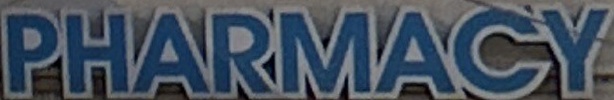
PHARMACY